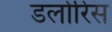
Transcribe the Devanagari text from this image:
डलोरिस